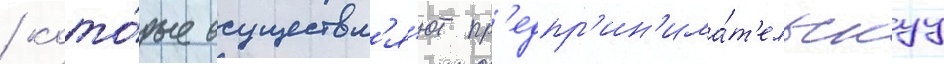
/ кото́рые осуществл'я́ют пр'едпр'ин'има́т'ельскуу